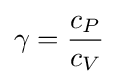
\gamma ={\frac {c_{P}}{c_{V}}}